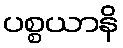
ပစ္စယာနိ